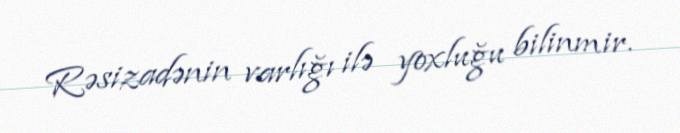
Rəsizadənin varlığı ilə yoxluğu bilinmir.